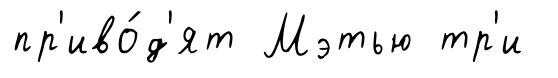
пр'иво́д'ят Мэтью тр'и